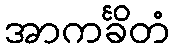
အာကင်္ခိတံ